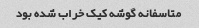
متاسفانه گوشه کیک خراب شده بود